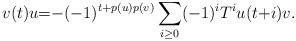
LaTeX: \begin{align*}v(t)u{=} {-}(-1)^{t{+}p(u)p(v)}\sum_{i\geq 0}(-1)^iT^iu(t{+}i)v.\end{align*}